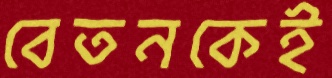
বেতনকেই